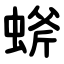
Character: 䗄